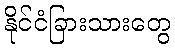
နိုင်ငံခြားသားတွေ